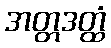
အတ္တဒတ္ထံ